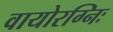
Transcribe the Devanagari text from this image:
वायोरग्निः